Vital statistics of India. Vol. V, Reports of 1876 on armies & jails and on epidemic cholera
Year: 1876
Disease focus: Cholera
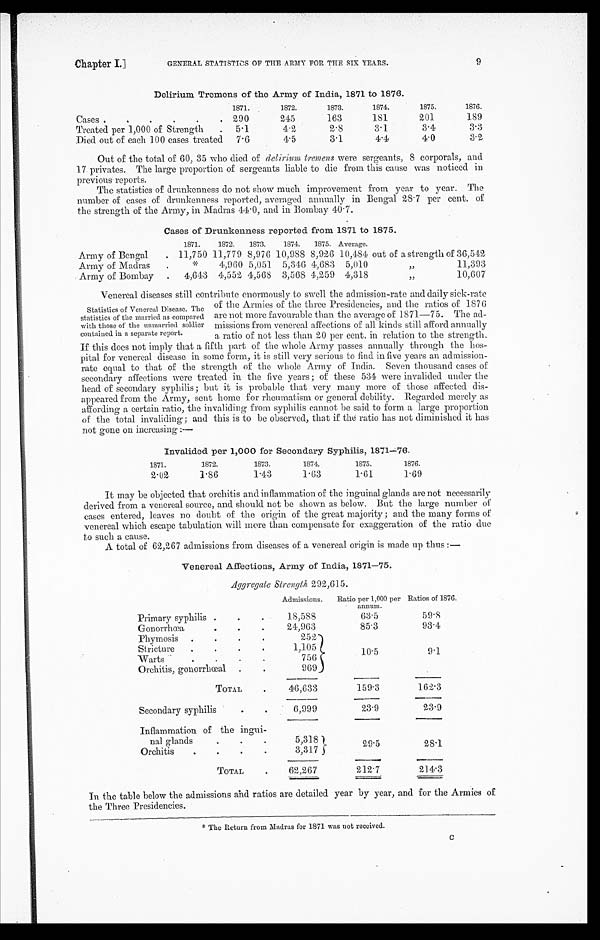
Chapter I.]
GENERAL STATISTICS OF THE ARMY FOR THE SIX YEARS.
9
Delirium Tremens of the Army of India, 1871 to 1876.
1871.
1872.
1873.
1874.
1875.
1876.
Cases
290
245
163
181
201
189
Treated per 1,000 of Strength
5.1
4.2
2 . 8
3.1
3.4
3.3
Died out of each 100 cases treated 7.6
4.5
3.1
4 . 4
4.0
3.2
Out of the total of 60, 35 who died of delirium tremens were sergeants, 8 corporals, and
17 privates. The large proportion of sergeants liable to die from this cause was noticed in
previous reports.
The statistics of drunkenness do not show much improvement from year to year. The
number of cases of drunkenness reported, averaged annually in Bengal 28.7 per cent. of
the strength of the Army, in Madras 44.0, and in Bombay 40.7.
Cases of Drunkenness reported from 1871 to 1875.
1871.
1872. 1873.
1874. 1875. Average.
Army of Bengal
11,750 11,779 8,976 10,988 8,926 10,484 out of a strength of 36,542
Army of Madras
*
4,960 5,051 5,346 4,683 5,010
11,393
.Army of Bombay
4,643 4,552 4,568 3,568 4,259 4,318
10,607
Venereal diseases still contribute enormously to swell the admission-rate and daily sick-rate
of the Armies of the three Presidencies, and the ratios of 1876
are not more favourable than the average of 1871—75. The ad
-missions from venereal affections of all kinds still afford annually
a ratio of not less than 20 per cent. in relation to the strength.
If this does not imply that a fifth part of the whole Army passes annually through the hos
-pital for venereal disease in some form, it is still very serious to find in five years an admission-
rate equal to that of the strength of the whole Army of India. Seven thousand cases of
secondary affections were treated in the five years; of these 534 were invalided under the
head of secondary syphilis; but it is probable that very many more of those affected dis
-appeared from the Army, sent home for rheumatism or general debility. Regarded merely as
affording a certain ratio, the invaliding from syphilis cannot be said to form a large proportion
of the total invaliding; and this is to be observed, that if the ratio has not diminished it has
not gone on increasing:—
Invalided per 1,000 for Secondary Syphilis, 1871—76.
1871.
1872.
1873.
1874.
1875.
1876.
2.02
1.86
1.43
1.63
1.61
1.69
It may be objected that orchitis and inflammation of the inguinal glands are not necessarily
derived from a venereal source, and should not be shown as below. But the large number of
cases entered, leaves no doubt of the origin of the great majority; and the many forms of
venereal which escape tabulation will more than compensate for exaggeration. of the ratio due
to such a cause.
A total of 62,267 admissions from diseases of a venereal origin is made up thus:—
Venereal Affections, Army of India, 1871—75.
Aggregate Strength 292,615.
Admissions. Ratio per 1,000 per
annum.
Ratios of 1876.
Primary syphilis
18,588
6 3 . 5
5 9 . 8
Gonorrhœa
24,963
85.3
93.4
Phymosis
2 5 2
10.5
9.1
Stricture
1 , 1 0 5
Warts
7 5 6
Orchitis, gonorrhœal
969
TOTAL
46,633
159.3
162.3
Secondary syphilis
6,999
23.9
23.9
Inflammation of the ingui
-nal glands
5,318
29.5
28.1
Orchitis
3,317
TOTAL
62,267
212.7
214.3
In the table below the admissions and ratios are detailed year by year, and for the Armies of
the Three Presidencies.
* T h e R e t u r n f r o m M a d r a s f o r 1 8 7 1 w a s n o t r e c e i v e d .
Statistics of Venereal Disease. The
statistics of the married as compared
with those of the unmarried soldier
contained in a separate report.